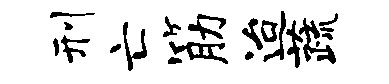
刑亡筋迨蔬